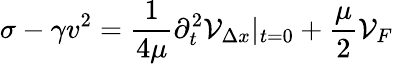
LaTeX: \sigma-\gamma v^{2}=\frac{1}{4\mu}\partial_{t}^{2}{\cal V}_{\Delta x}|_{t=0}+\frac{\mu}{2}{\cal V}_{F}